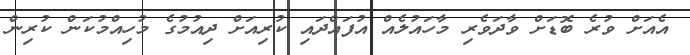
އެއަށް ވުރެ ބޮޑަށް ވާދަވެރި މާހައުލެއް އުފައްދައި ކުރިއަށް ދިއުމުގެ މުހިއްމުކަން ކުރިން